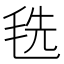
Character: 毨